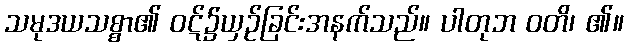
သမုဒယသစ္စာ၏ ဝဋ်၌ယှဉ်ခြင်းအနက်သည်။ ပါတုဘ ဝတိ၊ ၏။